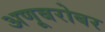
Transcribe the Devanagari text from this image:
अणूबरोबर